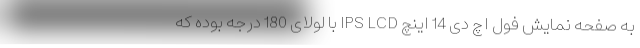
به صفحه نمایش فول اچ دی 14 اینچ IPS LCD با لولای 180 درجه بوده که